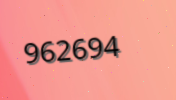
962694